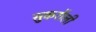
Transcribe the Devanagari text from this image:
सुकरौली